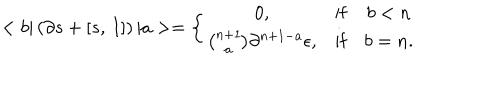
< b | \left( \partial s + \left[ s , \, I \right] \right) | a > = \left\{ \begin{array} { c c c } { { 0 , } } & { { \mathrm { i f } } } & { { b < n } } \\ { { { \binom { n + 1 } { a } } \partial ^ { n + 1 - a } \epsilon , } } & { { \mathrm { i f } } } & { { b = n . } } \\ \end{array} \right.